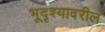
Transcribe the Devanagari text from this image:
भूदृश्यावरील